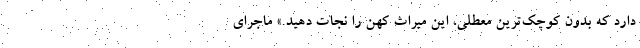
دارد که بدون کوچک‌ترین معطلی، این میراث کهن را نجات دهید.» ماجرای